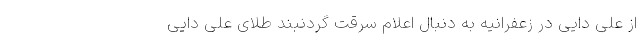
از علی دایی در زعفرانیه به دنبال اعلام سرقت گردنبند طلای علی دایی